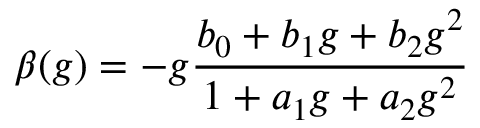
\beta ( g ) = - g \frac { b _ { 0 } + b _ { 1 } g + b _ { 2 } g ^ { 2 } } { 1 + a _ { 1 } g + a _ { 2 } g ^ { 2 } }